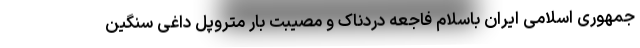
جمهوری اسلامی ایران باسلام فاجعه دردناک و مصیبت بار متروپل داغی سنگین